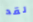
لقد